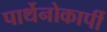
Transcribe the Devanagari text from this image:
पार्थेनोकार्पी